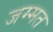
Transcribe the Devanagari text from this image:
जम्‍मत